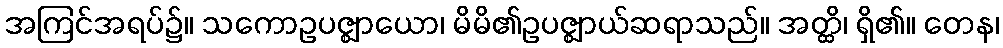
အကြင်အရပ်၌။ သကောဥပဇ္ဈာယော၊ မိမိ၏ဥပဇ္ဈာယ်ဆရာသည်။ အတ္ထိ၊ ရှိ၏။ တေန၊